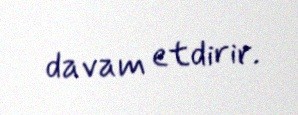
davam etdirir.